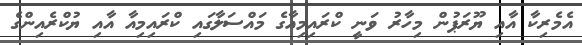
އެމެރިކާ އާއި ޔޫރަޕުން މިހާރު ވަނީ ކްރައިމިއާގެ މައްސަލާގައި ކްރައިމިއާ އާއި ޔުކްރެއިންގެ